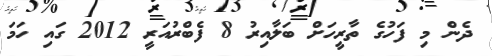
ދެން މި ފަހުގެ ތާރީހަށް ބަލާއިރު 8 ފެބްރުއަރީ 2012 ގައި ހަމަ